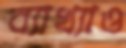
ব্যাখ্যাও